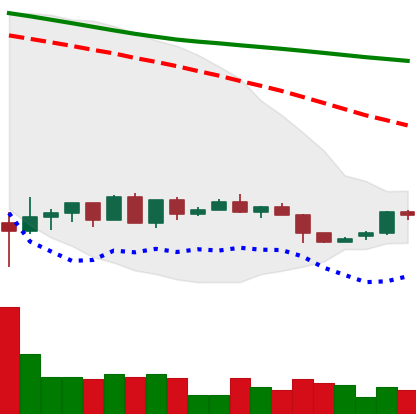
Ticker: LTC-USD
Chart end date: 2022-05-31
Forward return: -7.606%
Label: down_7plus